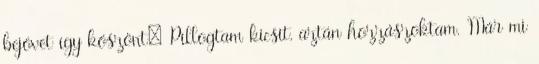
bejövet így köszönt: Pillogtam kicsit, aztán hozzászoktam. Már mi